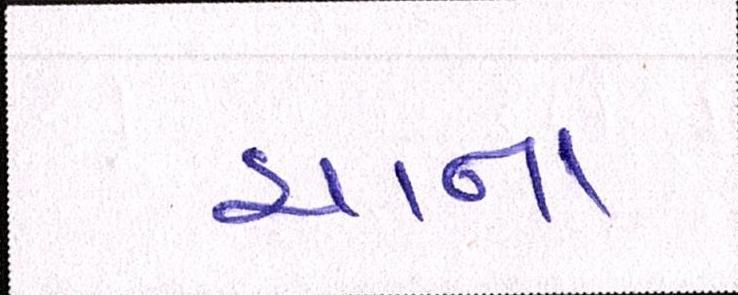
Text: ચાના